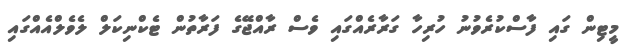
މީޓިން ގައި ފާސްކުރެވުނު ހުރިހާ ގަރާރެއްގައި ވެސް ރާއްޖޭގެ ފަރާތުން ޓެކްނިކަލް ލެވެލްއެއްގައި